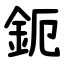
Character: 鈪